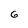
Character: 6